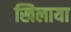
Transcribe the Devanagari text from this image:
खिलाया